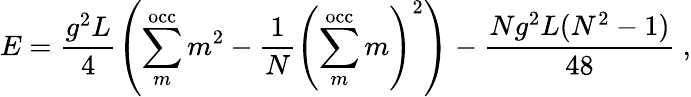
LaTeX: E=\frac{g^{2}L}{4}\left(\sum_{m}^{\mathrm{occ}}m^{2}-\frac{1}{N}\left(\sum_{m}^{\mathrm{occ}}m\right)^{2}\right)-\frac{Ng^{2}L(N^{2}-1)}{48}\ ,